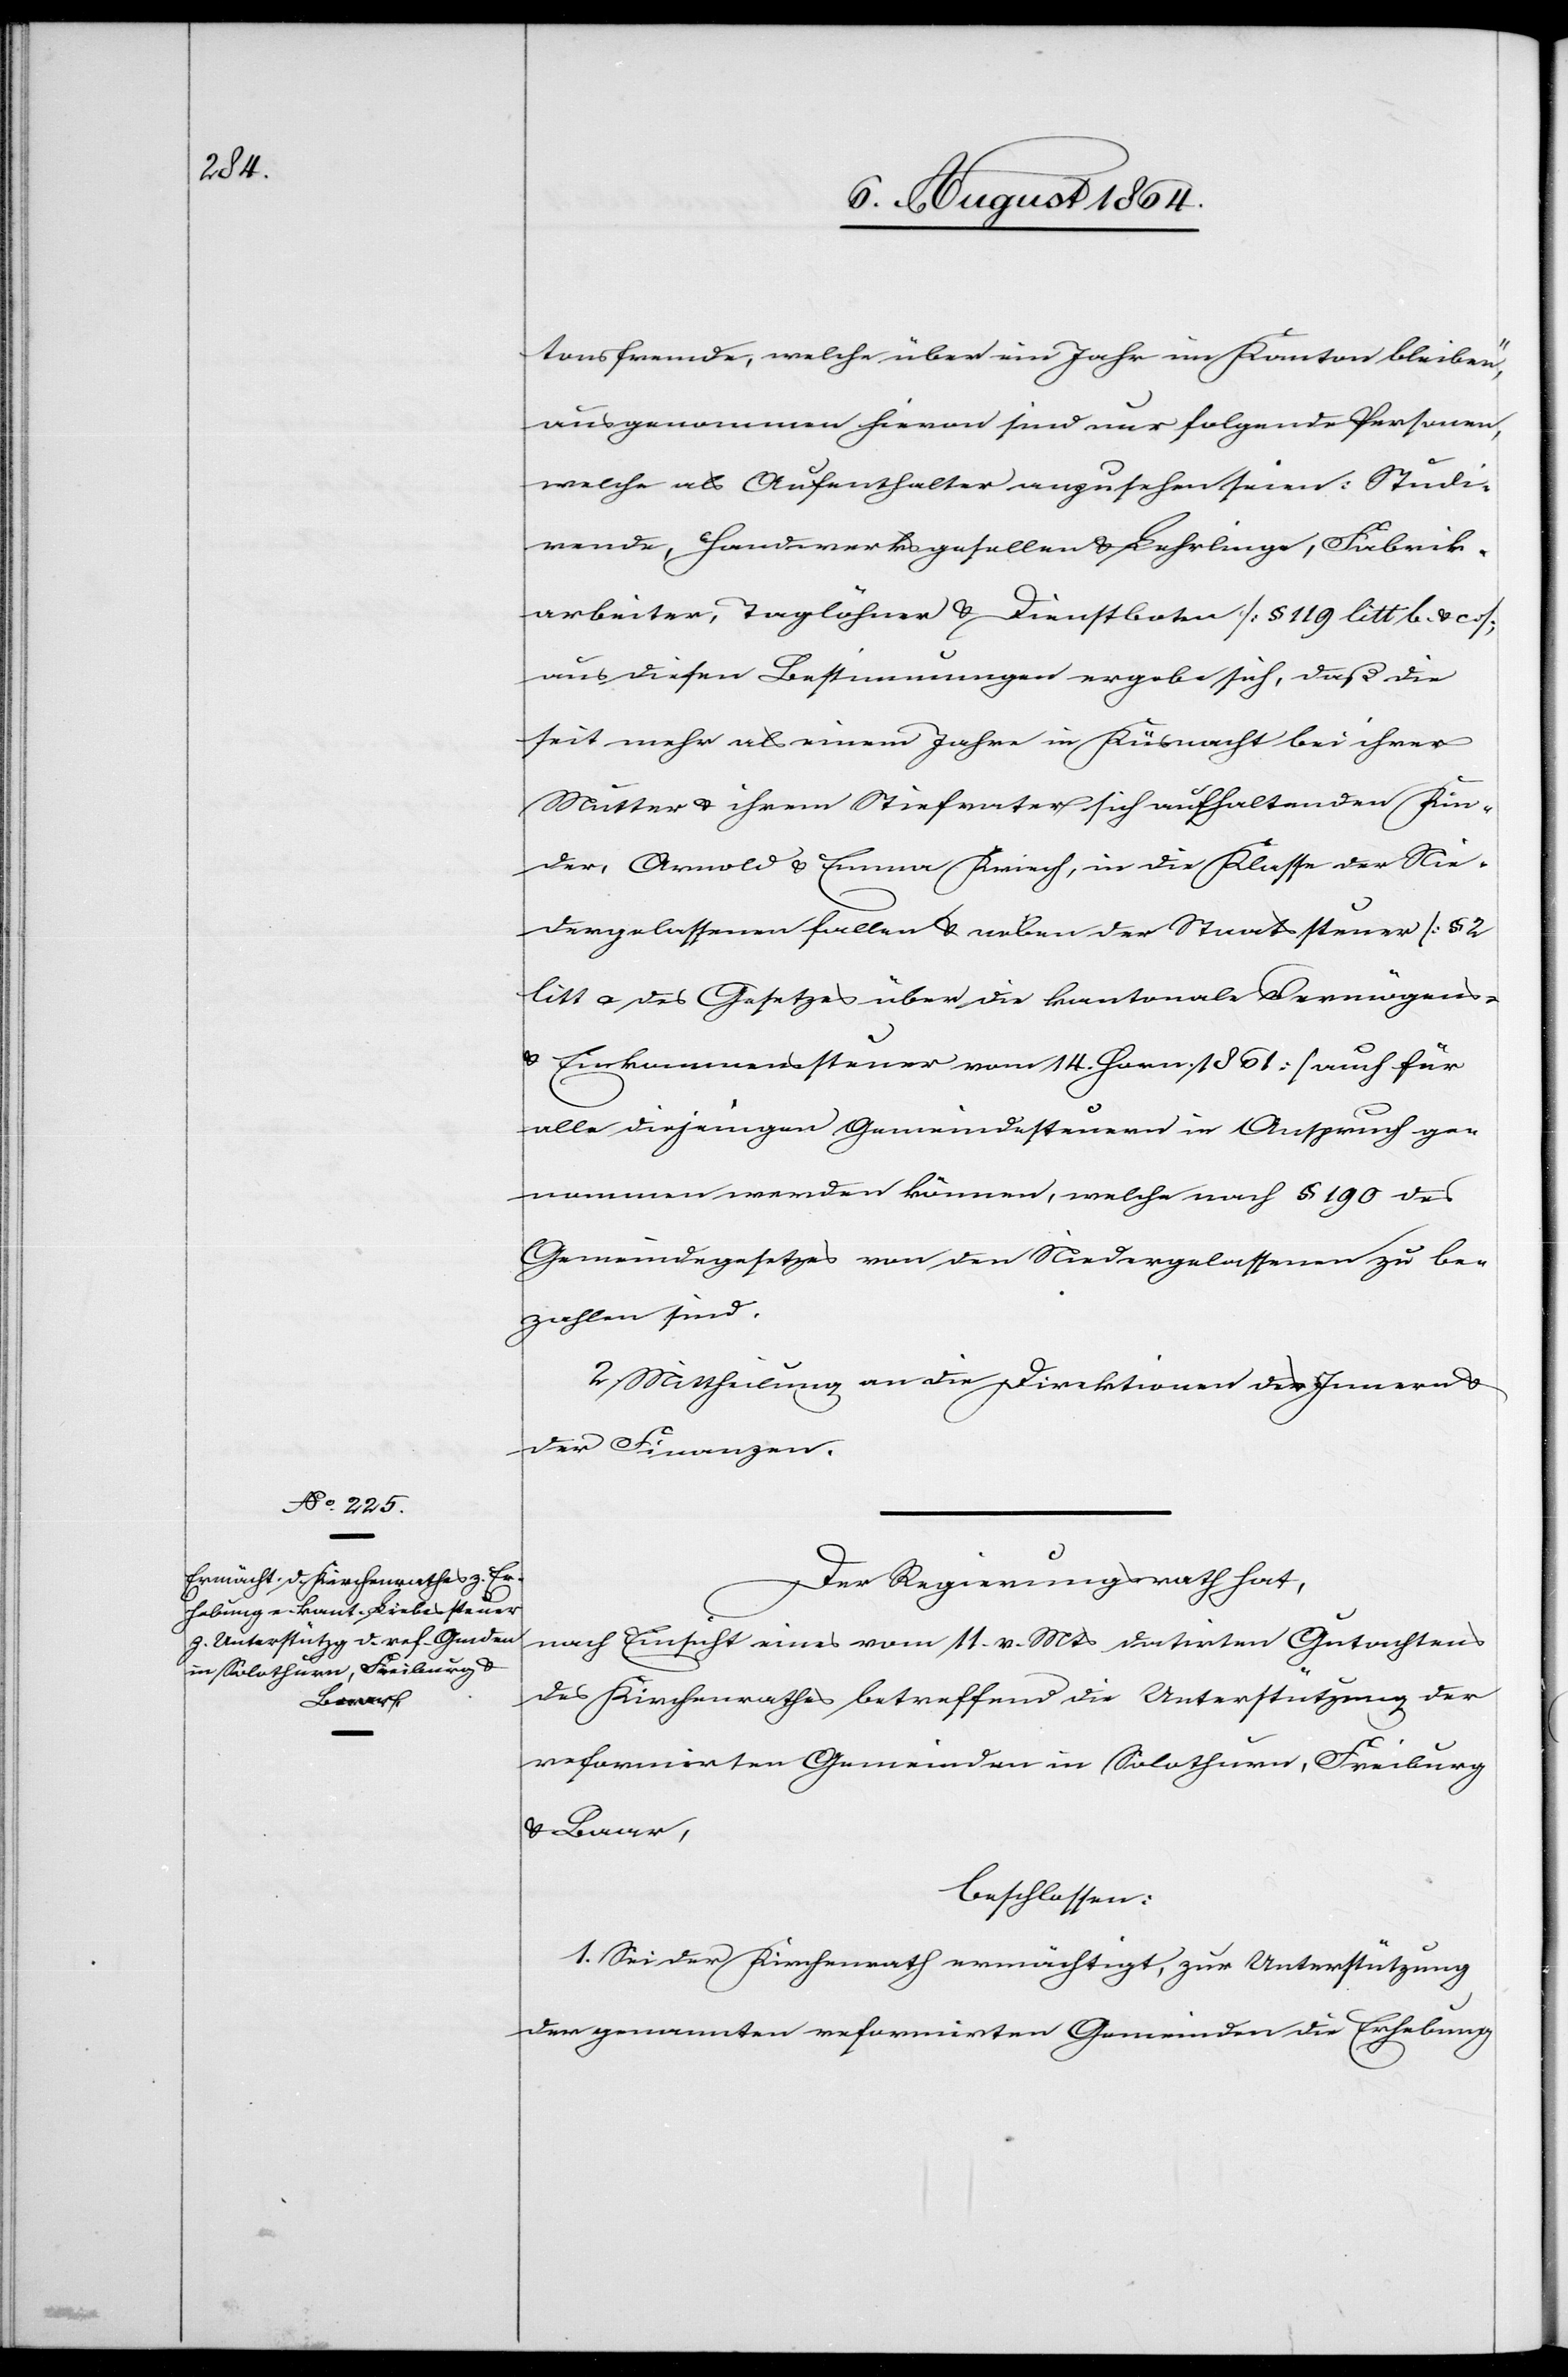
tonsfremde, welche über ein Jahr im Kanton bleiben“,
ausgenommen hievon sind nur folgende Personen,
welche als Aufenthalter anzusehen seien: Studi¬
rende, Handwerksgesellen & Lehrlinge, Fabrik¬
arbeiter, Taglöhner & Dienstboten [§ 119 litt b & c];
aus diesen Bestimmungen ergebe sich, daß die
seit mehr als einem Jahre in Küsnacht bei ihrer
Mutter & ihrem Stiefvater sich aufhaltenden Kin¬
der, Arnold & Emma Kriech, in die Klasse der Nie¬
dergelassenen fallen & neben der Staatssteuer [§ 2
litt a] des Gesetzes über die kantonale Vermögens-
& Einkommenssteuer vom 14. Horn. 1861] auch für
alle diejenigen Gemeindesteuern in Anspruch ge¬
nommen werden können, welche nach § 190 des
Gemeindegesetzes von den Niedergelassenen zu be¬
zahlen sind.
2. Mittheilung an die Direktionen des Innern &
der Finanzen.
Der Regierungsrath hat,
nach Einsicht eines vom 11. v. Mts. datirten Gutachtens
des Kirchenrathes betreffend die Unterstützung der
reformirten Gemeinden in Solothurn, Freiburg
& Baar,
beschlossen:
1. Sei der Kirchenrath ermächtigt, zur Unterstützung
der genannten reformirten Gemeinden die Erhebung